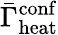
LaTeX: \bar{\Gamma}_{\mathrm{heat}}^{\mathrm{conf}}